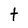
Character: t